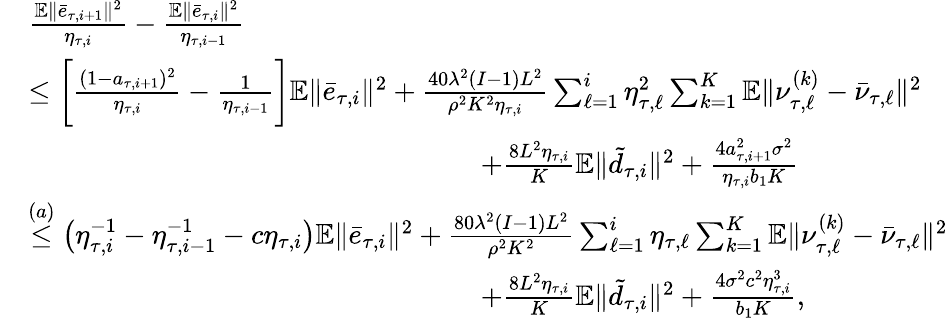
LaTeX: \begin{array}{rl}&{\frac{\mathbb{E}\| \bar{e}_{\tau,i+1}\| ^{2}}{\eta_{\tau,i}}-\frac{\mathbb{E}\| \bar{e}_{\tau,i}\| ^{2}}{\eta_{\tau,i-1}}}\\ &{\leq\bigg[\frac{(1-a_{\tau,i+1})^{2}}{\eta_{\tau,i}}-\frac{1}{\eta_{\tau,i-1}}\bigg]\mathbb{E}\| \bar{e}_{\tau,i}\| ^{2}+\frac{40\lambda^{2}(I-1)L^{2}}{\rho^{2}K^{2}\eta_{\tau,i}}\sum_{\ell=1}^{i}\eta_{\tau,\ell}^{2}\sum_{k=1}^{K}\mathbb{E}\| \nu_{\tau,\ell}^{(k)}-\bar{\nu}_{\tau,\ell}\| ^{2}}\\ &{\qquad\qquad\qquad\qquad\qquad\qquad\qquad\qquad+\frac{8L^{2}\eta_{\tau,i}}{K}\mathbb{E}\| \tilde{d}_{\tau,i}\| ^{2}+\frac{4a_{\tau,i+1}^{2}\sigma^{2}}{\eta_{\tau,i}b_{1}K}}\\ &{\overset{(a)}{\leq}\big(\eta_{\tau,i}^{-1}-\eta_{\tau,i-1}^{-1}-c\eta_{\tau,i}\big)\mathbb{E}\| \bar{e}_{\tau,i}\| ^{2}+\frac{80\lambda^{2}(I-1)L^{2}}{\rho^{2}K^{2}}\sum_{\ell=1}^{i}\eta_{\tau,\ell}\sum_{k=1}^{K}\mathbb{E}\| \nu_{\tau,\ell}^{(k)}-\bar{\nu}_{\tau,\ell}\| ^{2}}\\ &{\qquad\qquad\qquad\qquad\qquad\qquad\qquad\qquad+\frac{8L^{2}\eta_{\tau,i}}{K}\mathbb{E}\| \tilde{d}_{\tau,i}\| ^{2}+\frac{4\sigma^{2}c^{2}\eta_{\tau,i}^{3}}{b_{1}K},}\end{array}